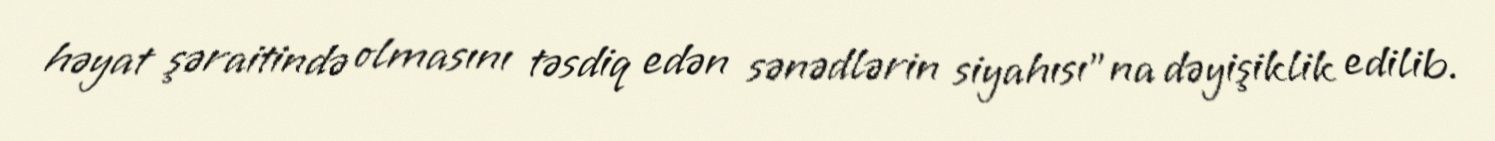
həyat şəraitində olmasını təsdiq edən sənədlərin siyahısı”na dəyişiklik edilib.